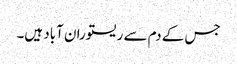
جس کے دم سے ریستوران آباد ہیں۔